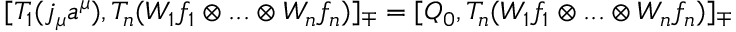
[ T _ { 1 } ( j _ { \mu } a ^ { \mu } ) , T _ { n } ( W _ { 1 } f _ { 1 } \otimes . . . \otimes W _ { n } f _ { n } ) ] _ { \mp } = [ Q _ { 0 } , T _ { n } ( W _ { 1 } f _ { 1 } \otimes . . . \otimes W _ { n } f _ { n } ) ] _ { \mp }